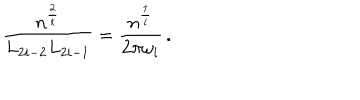
\frac { n ^ { \frac { 2 } { l } } } { L _ { 2 i - 2 } L _ { 2 i - 1 } } = \frac { n ^ { \frac { 1 } { l } } } { 2 \pi \omega _ { i } } \, .